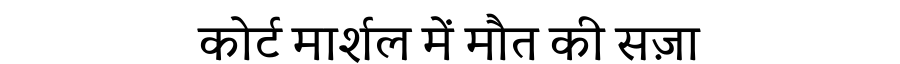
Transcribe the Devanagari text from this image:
कोर्ट मार्शल में मौत की सज़ा